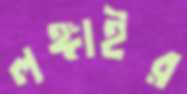
লঙ্গাইর